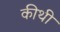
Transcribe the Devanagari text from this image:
कीथी